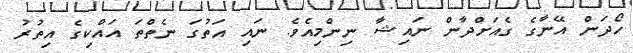
ހޯދަން އޭނާގެ ގެއަށްދާން ނައިޝާ ނިންމިއެވެ. ނައި އަތުގަ ނެތްތަ އައްކިގެ އިތުރު